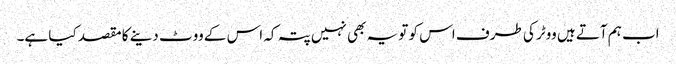
اب ہم آتے ہیں ووٹر کی طرف اس کو تو یہ بھی نہیں پتہ کہ اس کے ووٹ دینے کا مقصد کیا ہے۔